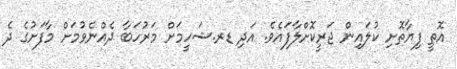
އޮތީ ފިޔާތޮށި ކުލައިން ޖަރީކޮށްލާފައެވެ. އަދި ޑރ.ޝަހީމަށް މަރުހަބާ ދެއްނެވުމަށް މާފަށުގެ ދެ